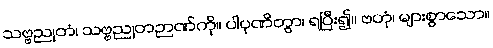
သဗ္ဗညုတံ၊ သဗ္ဗညုတဉာဏ်ကို။ ပါပုဏိတွာ၊ ရပြီး၍။ ဗဟုံ၊ များစွာသော။